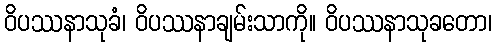
ဝိပဿနာသုခံ၊ ဝိပဿနာချမ်းသာကို။ ဝိပဿနာသုခတော၊